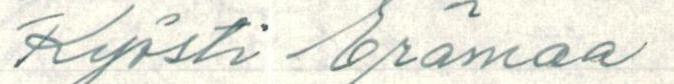
Kyösti Erämaa